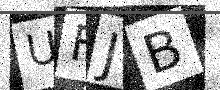
Text: UFJB